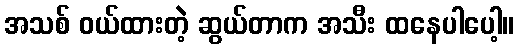
အသစ် ဝယ်ထားတဲ့ ဆွယ်တာက အသီး ထနေပါပေါ့။